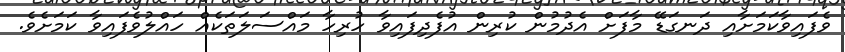
ވެފައިވާކަމަށާއި ދަނގަޑޭ މާފަށް އެދުމުން ކުރިން އުފެދިފައިވާ ހުރިހާ މައްސަލަތަކެއް ހައްލުވެފައިވާ ކަމަށެވެ.